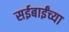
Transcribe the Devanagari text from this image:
सईबाईंच्या